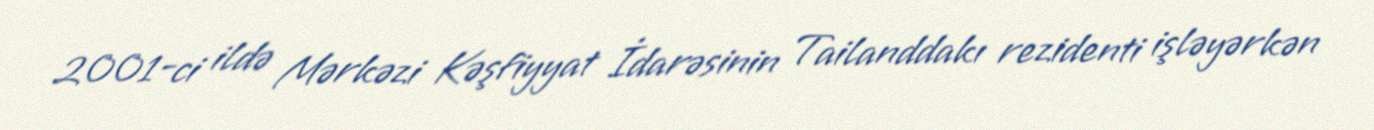
2001-ci ildə Mərkəzi Kəşfiyyat İdarəsinin Tailanddakı rezidenti işləyərkən